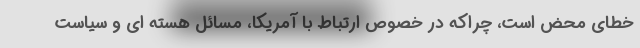
خطای محض است، چراکه در خصوص ارتباط با آمریکا، مسائل هسته ای و سیاست